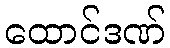
ထောင်ဒဏ်